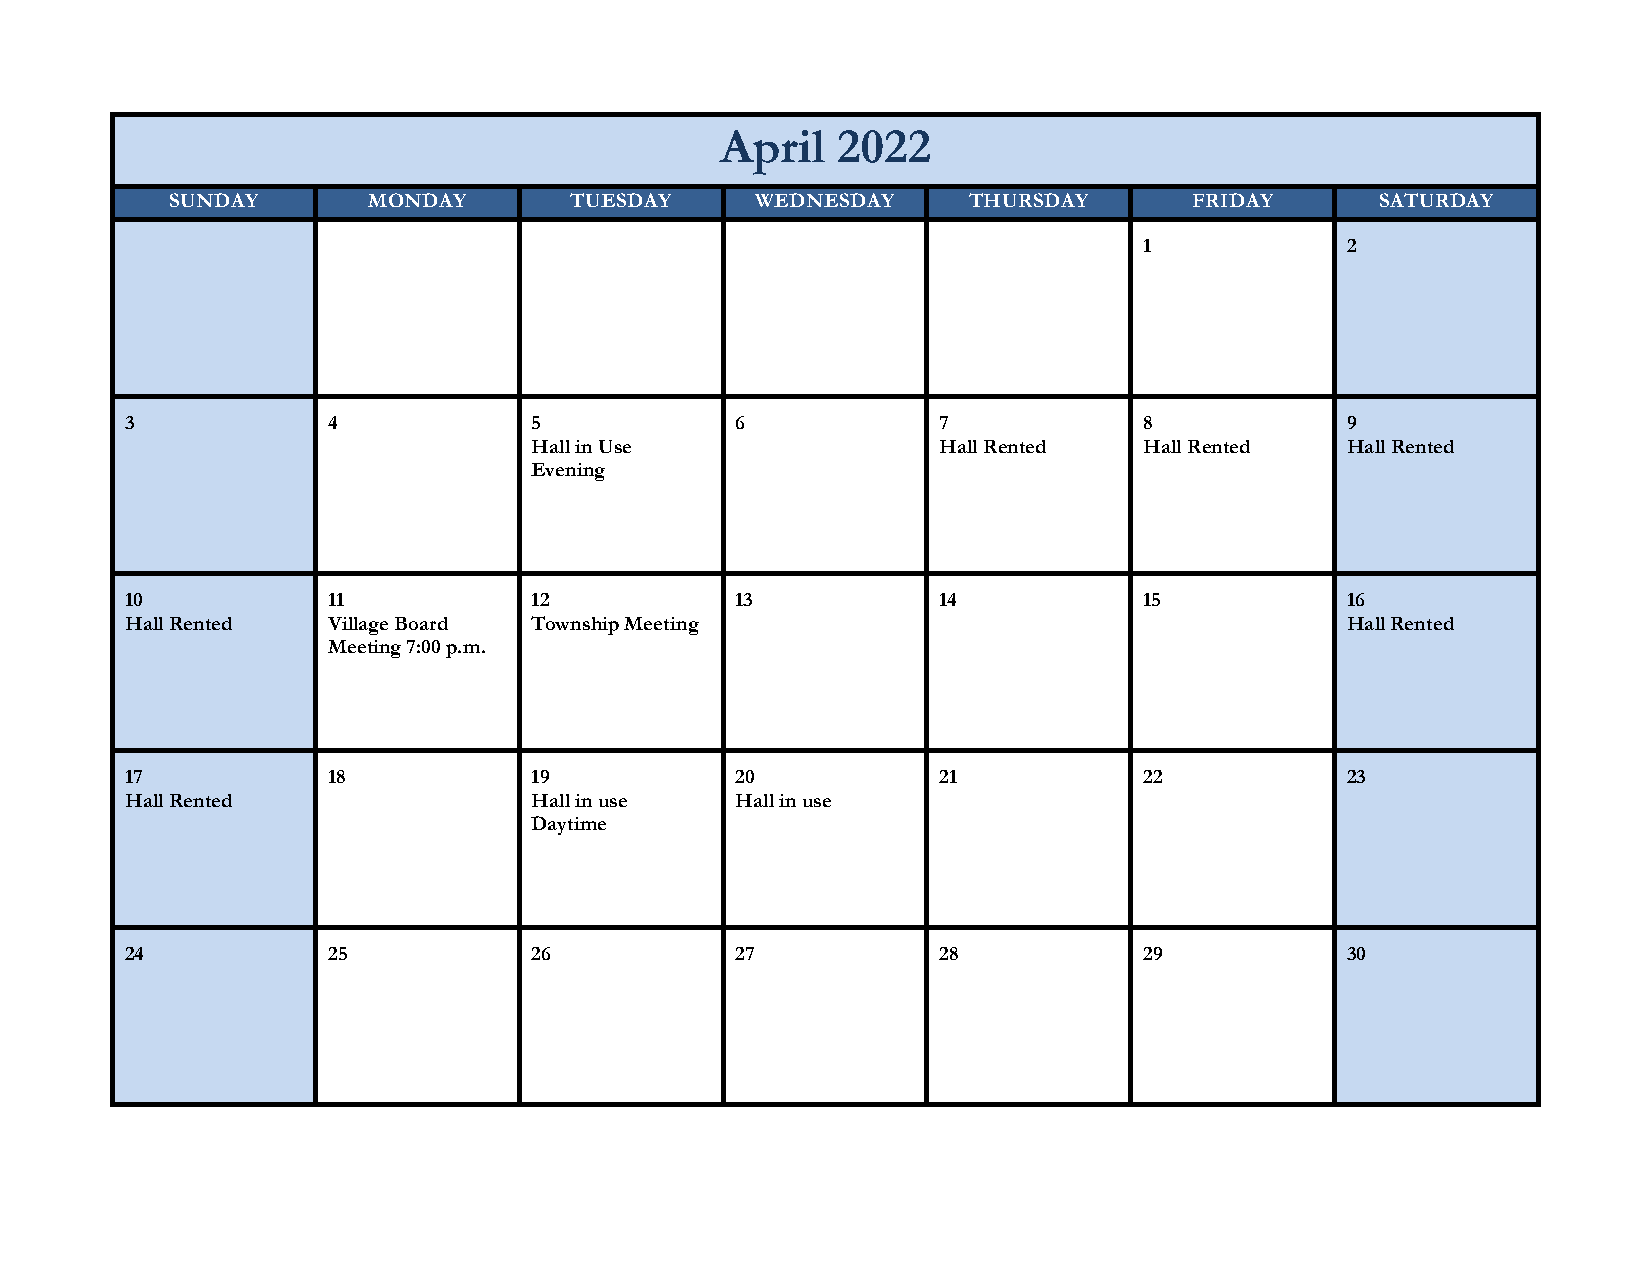
April  2022
 SUNDAY       MONDAY        TUESDAY     WEDNESDAY     THURSDAY       FRIDAY      SATURDAY
 1            2
 3             4            5             6            7             8            9
 Hall in Use                Hall Rented   Hall Rented  Hall Rented
 Evening
 10            11           12            13           14            15           16
 Hall Rented   Village Board Township Meeting                                     Hall Rented
 Meeting 7:00 p.m.
 17            18           19            20           21            22           23
 Hall Rented                Hall in use   Hall in use
 Daytime
 24            25           26            27           28            29           30